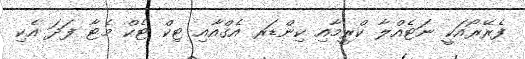
ފެރޭރޯއަކީ ނަޓެއްލާ ކްރީމާއި ކިންޑަރ އެގްއާއި ޓިކް ޓެކް މެޓާ ފަދަ އެކި